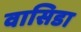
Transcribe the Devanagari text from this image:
वासिडा